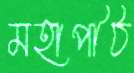
মহাপীঠ